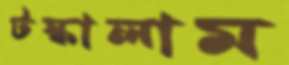
টস্‌কালাম